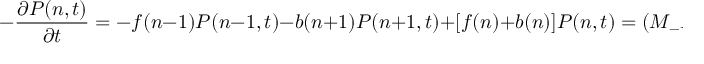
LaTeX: - \frac { \partial P ( n , t ) } { \partial t } = - f ( n - 1 ) P ( n - 1 , t ) - b ( n + 1 ) P ( n + 1 , t ) + [ f ( n ) + b ( n ) ] P ( n , t ) = ( M _ { - } P ) ( n , t ) ,